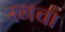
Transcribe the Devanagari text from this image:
रमचा